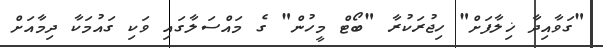
"ގަވާއިދާ ޚިލާފަށް" ހިޖުރަކުރާ "ބޯޓް މީހުން" ގެ މައްސަލާގައި ވަކި ގައުމަކާ ދިމާއަށް